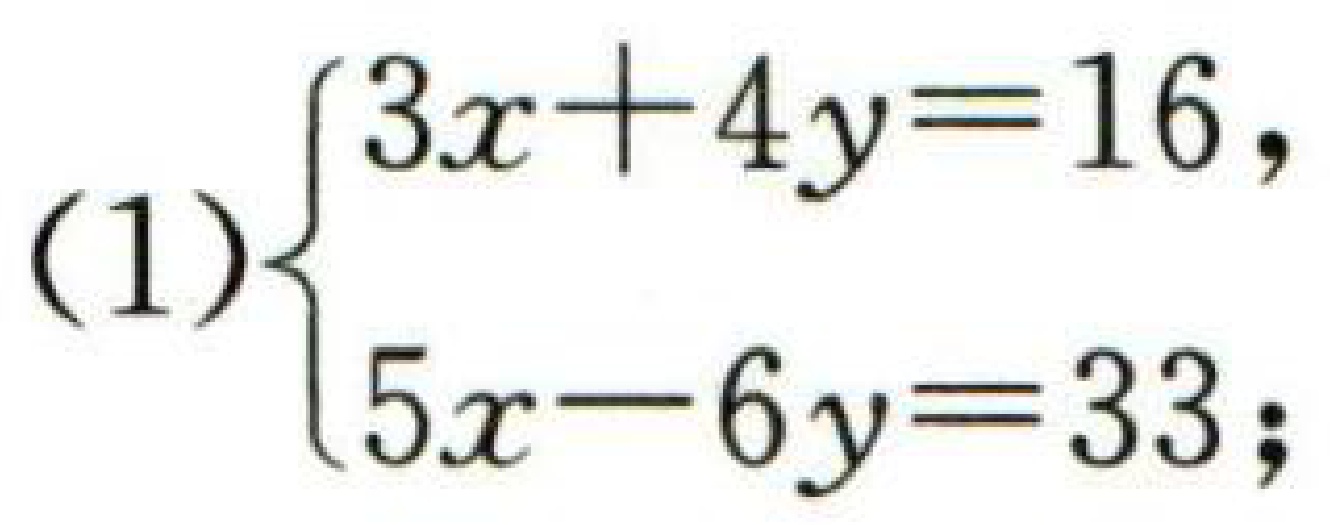
$(1)\begin{cases}3x + 4y = 16,\\5x - 6y = 33;\end{cases}$